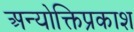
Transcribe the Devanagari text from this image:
अन्योक्तिप्रकाश